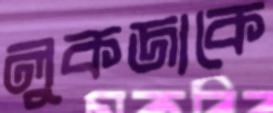
লুকজাকে